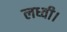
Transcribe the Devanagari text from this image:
लध्वी।